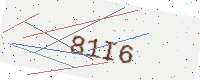
Text: 81I6